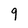
Character: 9